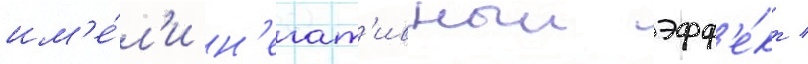
им'е́л'и н'егат'ивныи эфф'е́кт /